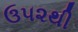
ઉ૫૨થી